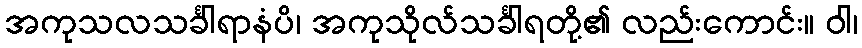
အကုသလသင်္ခါရာနံပိ၊ အကုသိုလ်သင်္ခါရတို့၏ လည်းကောင်း။ ဝါ၊